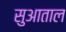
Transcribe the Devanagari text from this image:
सुआताल